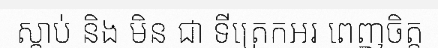
ស្តាប់ និង មិន ជា ទីត្រេកឣរ ពេញចិត្ត